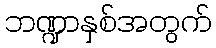
ဘဏ္ဍာနှစ်အတွက်